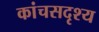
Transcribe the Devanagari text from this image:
कांचसदृश्य